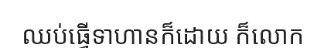
ឈប់ធ្វើទាហានក៏ដោយ ក៏លោក